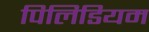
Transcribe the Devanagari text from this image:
पिलिडियम